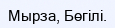
Мырза, Бөгілі.